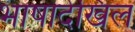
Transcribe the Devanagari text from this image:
भाषादेखिल